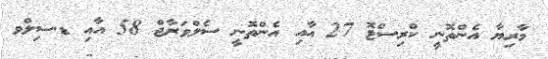
މާރިޔާ އެންތޮނީ ކްރިސްޓޮ 27 އާއި އެންތޮނީ ސެލްވަރާޖް 58 އާއި ޑ.ސިލްވ